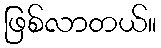
ဖြစ်လာတယ်။